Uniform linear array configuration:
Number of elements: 4
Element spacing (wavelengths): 0.75
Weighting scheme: binomial
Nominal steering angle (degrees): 30
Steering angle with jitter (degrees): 30.293
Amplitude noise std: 0.05
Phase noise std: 0.05

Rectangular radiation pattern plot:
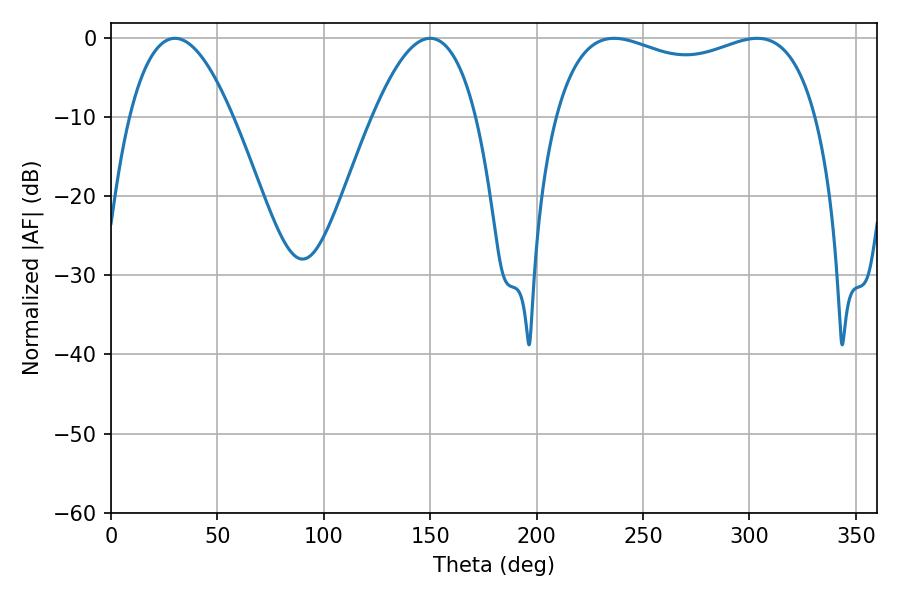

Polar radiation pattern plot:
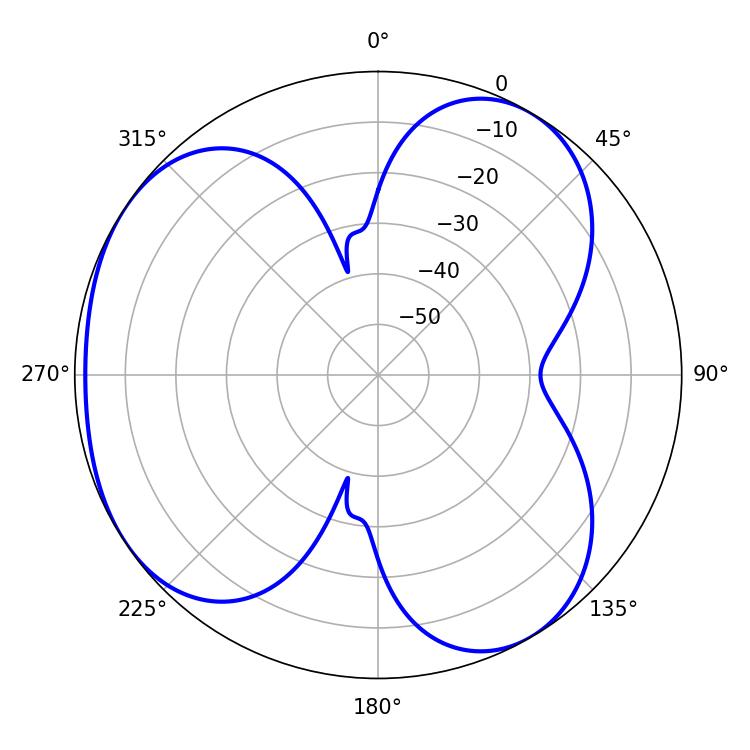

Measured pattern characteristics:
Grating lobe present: TRUE
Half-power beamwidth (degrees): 26.64
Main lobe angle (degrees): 30.06